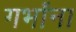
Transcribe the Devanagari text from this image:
गर्भांना